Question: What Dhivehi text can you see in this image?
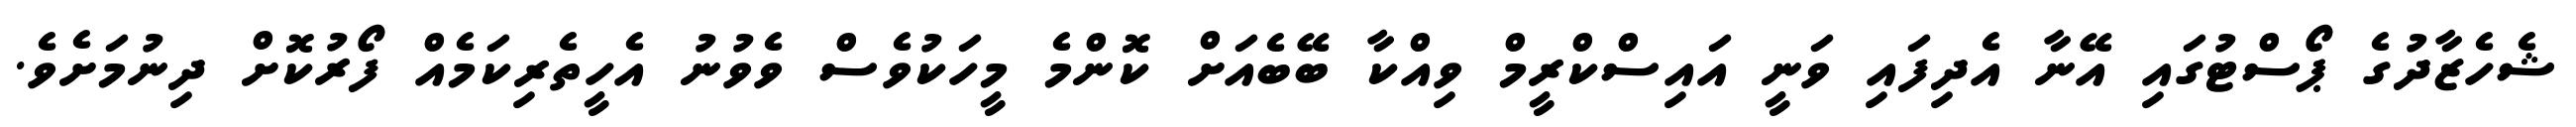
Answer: ޝެހެޒާދުގެ ޕޯސްޓުގައި އޭނާ އެދިފައި ވަނީ އައިސްކްރީމް ވިއްކާ ބޭބެއަށް ކޮންމެ މީހަކުވެސް ވެވުނު އެހީތެރިކަމެއް ފޯރުކޮށް ދިނުމަށެވެ.